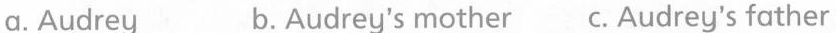
a.Audrey b.Audrey's mother c.Audrey's father